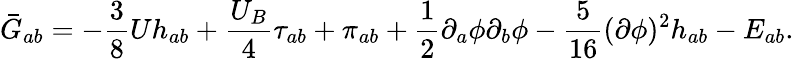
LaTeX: \bar{G}_{ab}=-\frac{3}{8}Uh_{ab}+\frac{U_{B}}{4}\tau_{ab}+\pi_{ab}+\frac{1}{2}\partial_{a}\phi\partial_{b}\phi-\frac{5}{16}(\partial\phi)^{2}h_{ab}-E_{ab}.